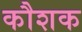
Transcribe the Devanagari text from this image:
कौशक